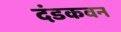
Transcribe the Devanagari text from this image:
दंडकवन